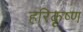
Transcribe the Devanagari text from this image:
हरिकृष्‍ण